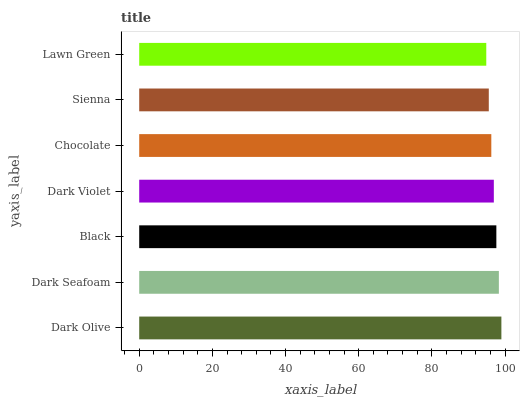
| yaxis_label | bars |
 | --- | --- |
 | Dark Olive | 99 |
 | Dark Seafoam | 98.3 |
 | Black | 97.6 |
 | Dark Violet | 96.9 |
 | Chocolate | 96.2 |
 | Sienna | 95.6 |
 | Lawn Green | 94.9 |